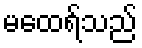
မထေရ်သည်